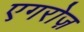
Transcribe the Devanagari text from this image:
एगरोज़